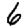
Digit: 6